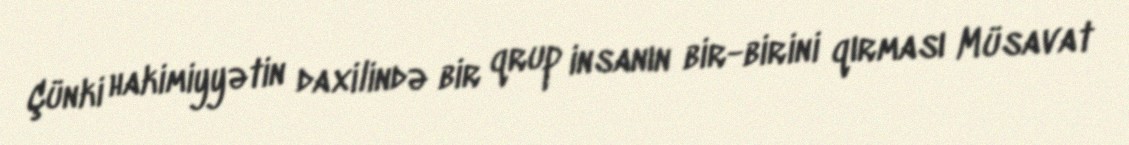
Çünki hakimiyyətin daxilində bir qrup insanın bir-birini qırması Müsavat